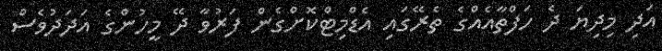
އަދި މިދިޔަ ދެ ހަފްތާއެއްގެ ތެރޭގައި އެޑްމިޓްކޮށްގެން ފަރުވާ ދޭ މީހުންގެ އަދަދުވެސް